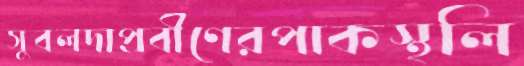
সুবলদাপ্রবীণেরপাকস্থলি